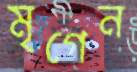
মৃগেন